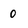
Character: 0